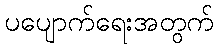
ပပျောက်ရေးအတွက်